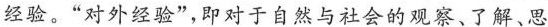
经验，”对外经验”，即对于自然与社会的观察、了解、思